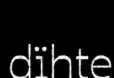
dïhte